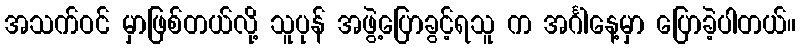
အသက်ဝင် မှာဖြစ်တယ်လို့ သူပုန် အဖွဲ့ပြောခွင့်ရသူ က အင်္ဂါနေ့မှာ ပြောခဲ့ပါတယ်။